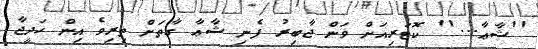
''ޝާޢާ...'' ކޮޓަރިއަށް ވަން ޖާބިރު ފެނި ޝާޢާ ގާތަށް ތިރިވެ އިން ހަދީޖާ